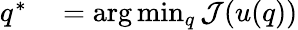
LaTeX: \begin{array}{rl}{q^{*}}&{{}=\arg\operatorname*{min}_{q}\mathcal{J}(u(q))}\end{array}